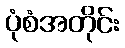
ပုံစံအတိုင်း